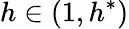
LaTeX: h\in(1,h^{*})